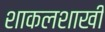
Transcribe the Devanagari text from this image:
शाकलशाखी